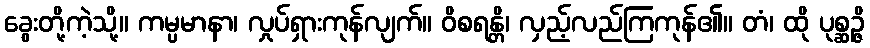
ခွေးတို့ကဲ့သို့။ ကမ္ပမာနာ၊ လှုပ်ရှားကုန်လျက်။ ဝိစရန္တိ၊ လှည့်လည်ကြကုန်၏။ တံ၊ ထို ပုစ္ဆဉ္ဇိ